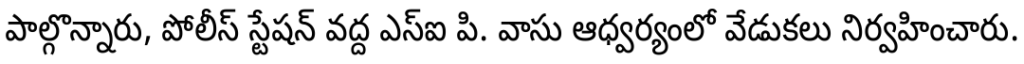
పాల్గొన్నారు, పోలీస్ స్టేషన్ వద్ద ఎస్ఐ పి. వాసు ఆధ్వర్యంలో వేడుకలు నిర్వహించారు.